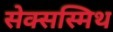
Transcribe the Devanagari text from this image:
सेक्सस्मिथ